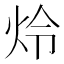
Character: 炩